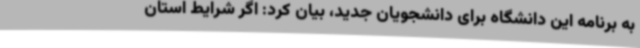
به برنامه این دانشگاه برای دانشجویان جدید، بیان کرد: اگر شرایط استان